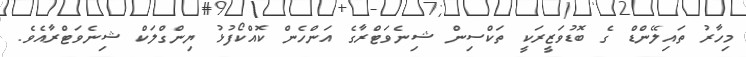
މިހާރު ތައިލޭންޑް ގެ ބޮޑުވަޒީރަކީ ތަކްސިން ޝިނެވަޓްރާގެ އަންހެން ކޮއްކޯފުޅު ޔިންގްލަކް ޝިނެވަޓްރާއެވެ.